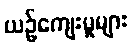
ယဉ်ကျေးမှုများ